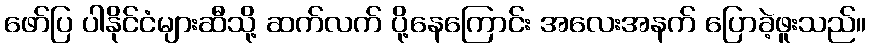
ဖော်ပြ ပါနိုင်ငံများဆီသို့ ဆက်လက် ပို့နေကြောင်း အလေးအနက် ပြောခဲ့ဖူးသည်။